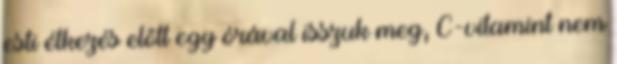
esti étkezés előtt egy órával isszuk meg, C-vitamint nem